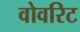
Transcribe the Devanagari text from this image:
वोवरिट